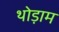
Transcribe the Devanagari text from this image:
थोड़ाम